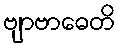
ဗျာဗာဓေတိ